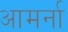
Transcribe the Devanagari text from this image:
आमर्ना